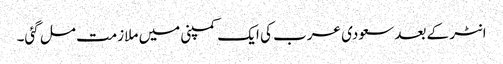
انٹر کے بعد سعودی عرب کی ایک کمپنی میں ملازمت مل گئی۔